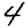
Digit: 4